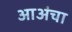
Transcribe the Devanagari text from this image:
आअंचा